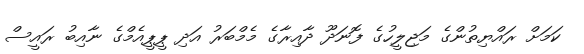
ކަމަށް ރައްޔިތުންގެ މަޖިލީހުގެ ފޮނަދޫ ދާއިރާގެ މެމްބަރު އަދި ޕީޕީއެމްގެ ނާއިބު ރައީސް